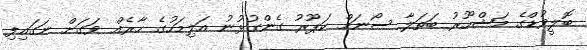
ބޮލީވުޑްގެ މަޝްހޫރު ބަތަލާ ސޯނަމް ކަޕޫރު ގެންގުޅުނު އަލިމަހުގެ ހާރެއް ވަގަށް ނަގައިފި